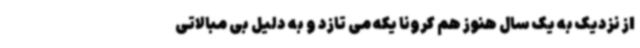
از نزدیک به یک سال هنوز هم کرونا یکه می تازد و به دلیل بی مبالاتی